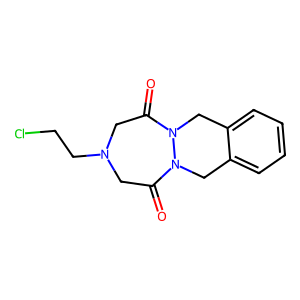
SMILES: O=C1CN(CCCl)CC(=O)N2Cc3ccccc3CN12
Inhibits HIV replication: No